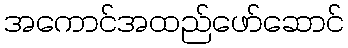
အကောင်အထည်ဖော်ဆောင်